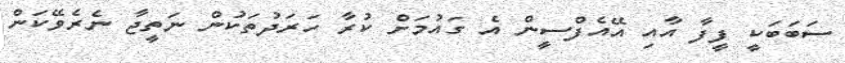
ސަބަބަކީ ފީފާ އާއި އޭއެފްސީން އެ ގައުމަށް ކުރާ ހަރަދުތަކުން ނަތީޖާ ނެރެވޭކަން